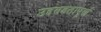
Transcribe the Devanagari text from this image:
उद्दण्डतापूर्ण